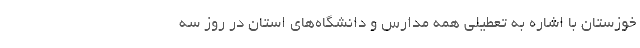
خوزستان با اشاره به تعطیلی همه مدارس و دانشگاه‌های استان در روز سه